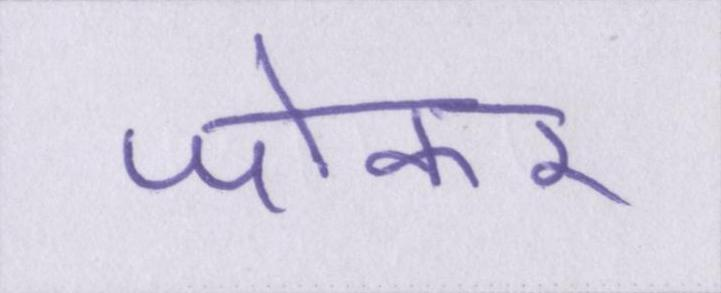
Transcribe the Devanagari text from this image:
जोकर